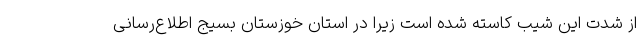
از شدت این شیب کاسته شده است زیرا در استان خوزستان بسیج اطلاع‌رسانی